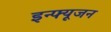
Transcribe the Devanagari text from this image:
इन्फ्यूजन